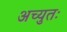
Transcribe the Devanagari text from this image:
अच्युतः